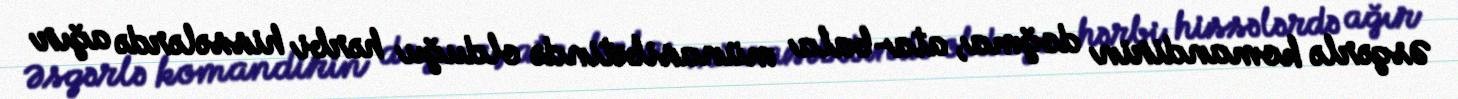
Əsgərlə komandirin doğma, ata-bala münasibətində olduğu hərbi hissələrdə ağır